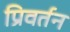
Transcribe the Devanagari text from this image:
प्रिवर्तन